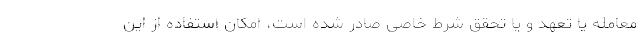
معامله یا تعهد و یا تحقق شرط خاصی صادر شده است، امکان استفاده از این